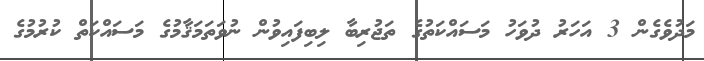
މަދުވެގެން 3 އަހަރު ދުވަހު މަސައްކަތުގެ ތަޖުރިބާ ލިބިފައިވުން ނުވަތަމަޤާމުގެ މަސައްކަތް ކުރުމުގެ